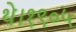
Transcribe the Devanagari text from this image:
थे।१९०५